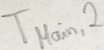
Text: TMain,2